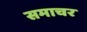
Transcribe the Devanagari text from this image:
समाचर